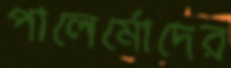
পালের্মোদের